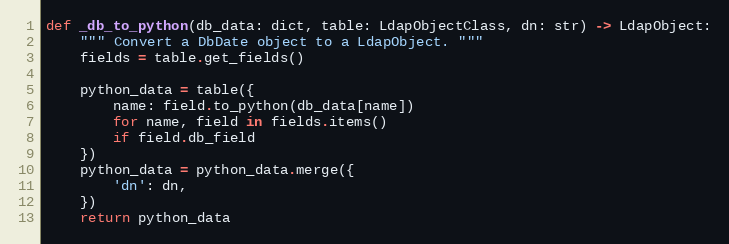
Language: Python
def _db_to_python(db_data: dict, table: LdapObjectClass, dn: str) -> LdapObject:
    """ Convert a DbDate object to a LdapObject. """
    fields = table.get_fields()

    python_data = table({
        name: field.to_python(db_data[name])
        for name, field in fields.items()
        if field.db_field
    })
    python_data = python_data.merge({
        'dn': dn,
    })
    return python_data